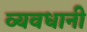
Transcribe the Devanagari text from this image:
व्यवधानी